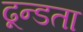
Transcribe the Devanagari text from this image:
ढून्डता